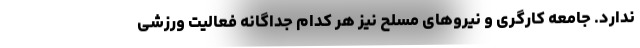
ندارد. جامعه کارگری و نیروهای مسلح نیز هر کدام جداگانه فعالیت ورزشی